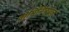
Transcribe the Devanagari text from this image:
दोमिनिग्युएज़्